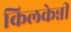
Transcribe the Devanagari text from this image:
किलकेन्नी